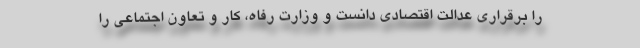
را برقراری عدالت اقتصادی دانست و وزارت رفاه، کار و تعاون اجتماعی را